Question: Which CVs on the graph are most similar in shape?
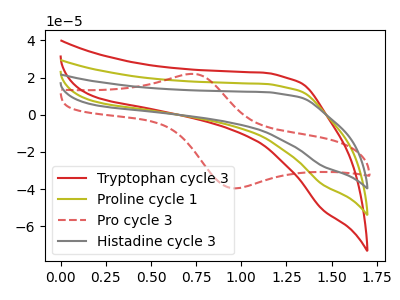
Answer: <think>The red curve "Tryptophan cycle 3" has no peaks. The olive curve "Proline cycle 1" has no peaks. The red dashed curve "Pro cycle 3" has an anodic peak at (0.75V, 21.95uA) and a cathodic peak at (0.95V, -39.50uA). The gray curve "Histadine cycle 3" has no peaks.
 Neither "Tryptophan cycle 3" or "Proline cycle 1" have any peaks. "Tryptophan cycle 3" and "Pro cycle 3" have a different number of peaks. Neither "Tryptophan cycle 3" or "Histadine cycle 3" have any peaks. "Proline cycle 1" and "Pro cycle 3" have a different number of peaks. Neither "Proline cycle 1" or "Histadine cycle 3" have any peaks. "Pro cycle 3" and "Histadine cycle 3" have a different number of peaks.</think>
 <answer>"Histadine cycle 3", "Tryptophan cycle 3" and "Proline cycle 1" have the same shape and are likely CV's of the same chemical.</answer>
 <eval>"Histadine cycle 3" "Tryptophan cycle 3" "Proline cycle 1"</eval>